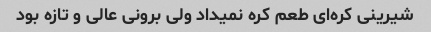
شیرینی کره‌ای طعم کره نمیداد ولی برونی عالی و تازه بود